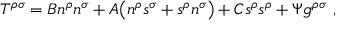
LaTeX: T ^ { \rho \sigma } = { \cal B } n ^ { \rho } n ^ { \sigma } + { \cal A } \big ( n ^ { \rho } s ^ { \sigma } + s ^ { \rho } n ^ { \sigma } \big ) + { \cal C } s ^ { \rho } s ^ { \rho } + \Psi g ^ { \rho \sigma } \ ,